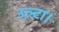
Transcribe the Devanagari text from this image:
उल्टा।